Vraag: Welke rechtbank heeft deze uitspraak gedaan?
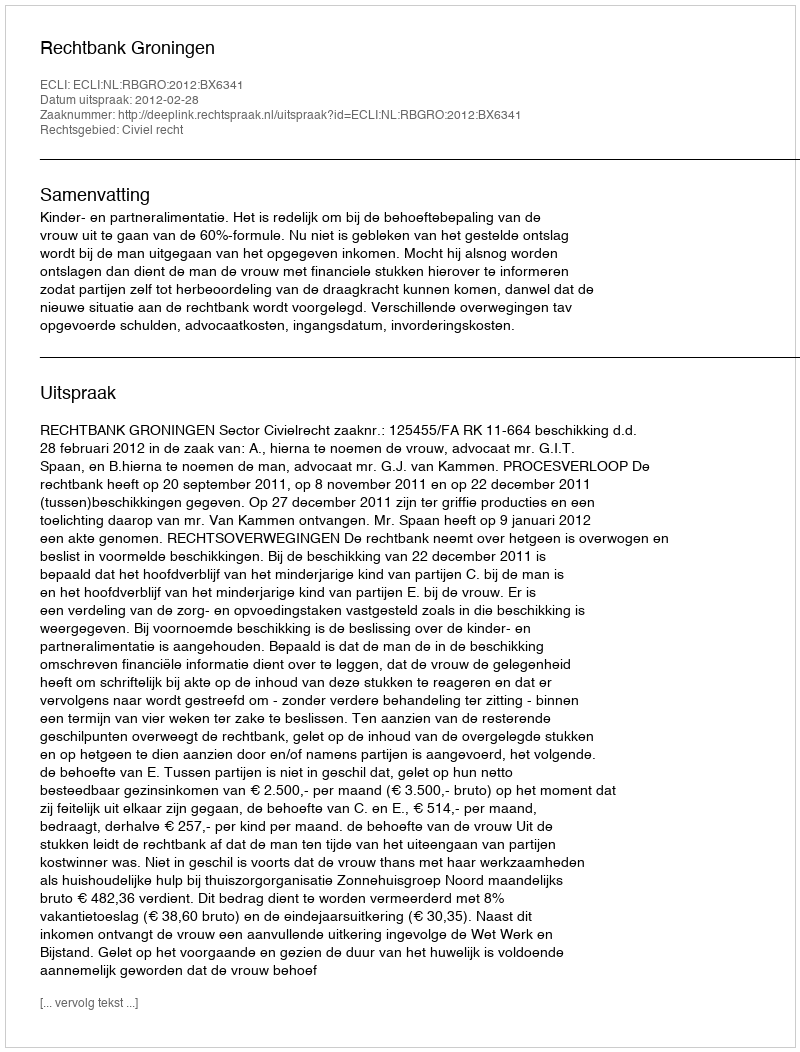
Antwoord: Rechtbank Groningen